Annual report on the Civil Veterinary Department, Burma (including the Insein Veterinary School) - 1932-1941
Year: 1932
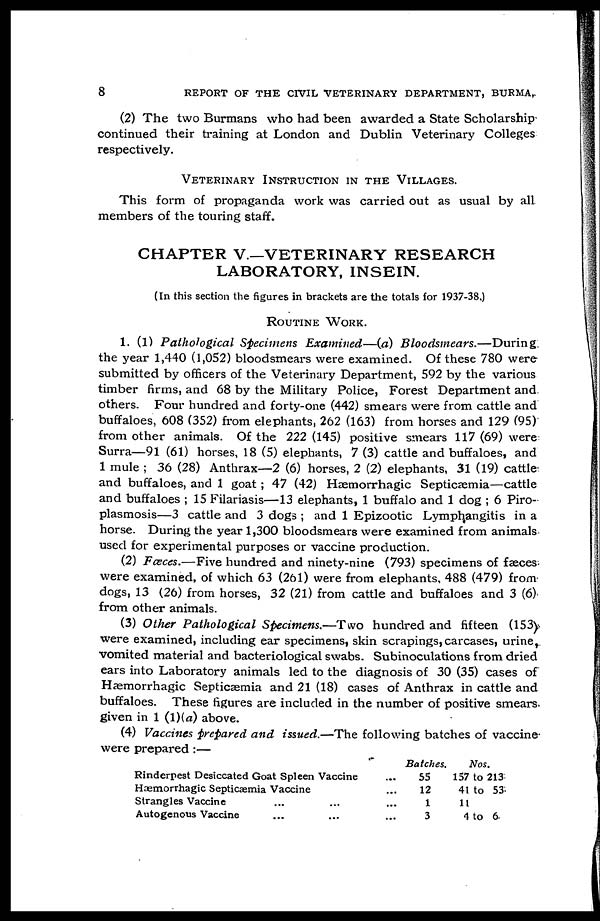
8
REPORT OF THE CIVIL VETERINARY DEPARTMENT, BURMA,
(2) The two Burmans who had been awarded a State Scholarship
continued their training at London and Dublin Veterinary Colleges
respectively.
VETERINARY INSTRUCTION IN THE VILLAGES.
This form of propaganda work was carried out as usual by all
members of the touring staff.
CHAPTER V.—VETERINARY RESEARCH
LABORATORY, INSEIN.
(In this section the figures in brackets are the totals for 1937-38.)
ROUTINE WORK.
1. (1) Pathological Specimens Examined—(a)
Bloodsmears.—During
the year 1,440 (1,052) bloodsmears were examined. Of these 780 were
submitted by officers of the Veterinary Department, 592 by the various
timber firms, and 68 by the Military Police, Forest Department and
others. Four hundred and forty-one (442) smears were from cattle and
buffaloes, 608 (352) from elephants, 262 (163) from horses and 129 (95)
from other animals. Of the 222 (145) positive smears 117 (69) were
Surra—91 (61) horses, 18 (5) elephants, 7 (3) cattle and buffaloes, and
1 mule ; 36 (28) Anthrax—2 (6) horses, 2 (2) elephants, 31 (19) cattle
and buffaloes, and 1 goat ; 47 (42) Hæmorrhagic Septicæmia—cattle
and buffaloes ; 15 Filariasis—13 elephants, 1 buffalo and 1 dog ; 6 Piro-
plasmosis—3 cattle and 3 dogs ; and 1 Epizootic Lymphangitis in a
horse. During the year 1,300 bloodsmears were examined from animals
used for experimental purposes or vaccine production.
(2) Fæces.—Five hundred and ninety-nine (793) specimens of faeces
were examined, of which 63 (261) were from elephants, 488 (479) from
dogs, 13 (26) from horses, 32 (21) from cattle and buffaloes and 3 (6)
from other animals.
(3) Other Pathological Specimens.—Two hundred and fifteen (153)
were examined, including ear specimens, skin scrapings, carcases, urine,
vomited material and bacteriological swabs. Subinoculations from dried
ears into Laboratory animals led to the diagnosis of 30 (35) cases of
Hæmorrhagic Septicæmia and 21 (18) cases of Anthrax in cattle and
buffaloes. These figures are included in the number of positive smears
given in 1 (1)(a) above.
(4) Vaccines prepared and issued.—The following batches of vaccine
were prepared :—
Rinderpest Desiccated Goat Spleen Vaccine
...
Hæmorrhagic Septicæmia Vaccine
...
Strangles Vaccine
...
...
...
Autogenous Vaccine
...
...
...
Batches.
55
12
1
3
Nos.
157 to 213
41 to 53
11
4 to 6